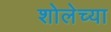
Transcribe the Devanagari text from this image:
शोलेच्या